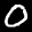
Label: 0